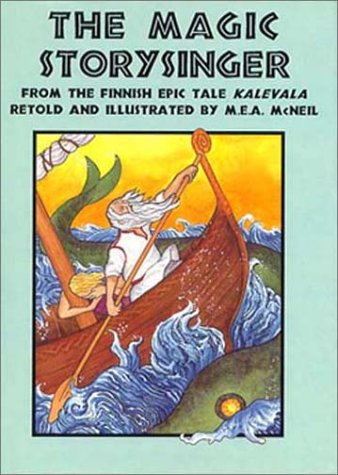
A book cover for Magic Storysinger; M. E. A. McNeil; Children's Books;